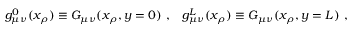
g _ { \mu \nu } ^ { 0 } ( x _ { \rho } ) \equiv G _ { \mu \nu } ( x _ { \rho } , y = 0 ) \ , \; \; \; g _ { \mu \nu } ^ { L } ( x _ { \rho } ) \equiv G _ { \mu \nu } ( x _ { \rho } , y = L ) \ ,